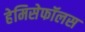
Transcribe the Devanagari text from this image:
हेमिसेफॉलस